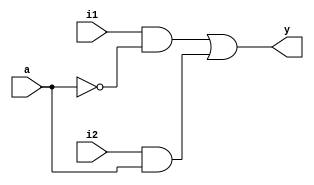
module multiplexer2_1(y,i1,i2,a);
input i1,i2,a;
output y;
   assign y=(i1&~a|i2&a);
	
endmodule